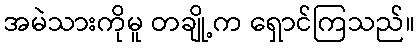
အမဲသားကိုမူ တချို့က ရှောင်ကြသည်။